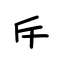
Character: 斥